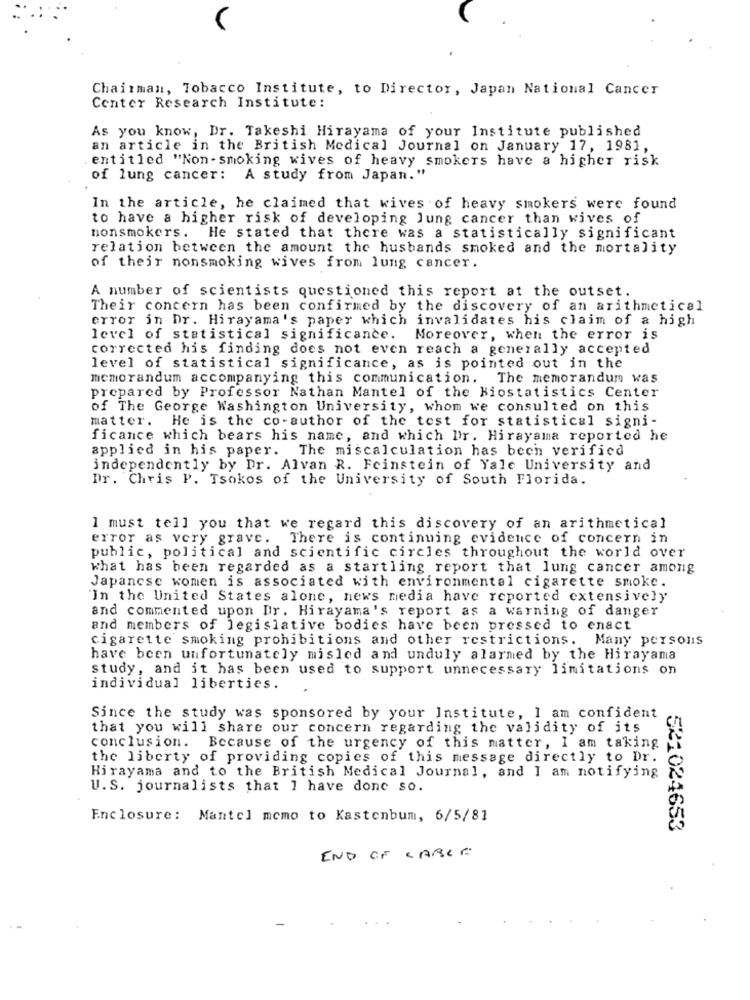
Chairman, Tobacco Institute, to Director, Japan National Cancer
Center Research Institute:
As you know, Dr. Takeshi Hirayama of your Institute published
an article in the British Medical Journal on January 17, 1981,
entitled "Non-smoking wives of heavy smokers have a higher risk
of lung cancer: A study from Japan."
In the article, he claimed that wives of heavy smokers were found
to have a higher risk of developing lung cancer than wives of
nonsmokers. He stated that there was a statistically significant
relation between the amount the husbands smoked and the mortality
of their nonsmoking wives from lung cancer.
A number of scientists questioned this report at the outset.
Their concern has been confirmed by the discovery of an arithmetical
error in Dr. Hirayama's paper which invalidates his claim of a high
level of statistical significance.
Moreover, when the error is
corrected his finding does not even reach a generally accepted
level of statistical significance, as is pointed out in the
memorandum accompanying this communication. The memorandum was
prepared by Professor Nathan Mantel of the Biostatistics Center
of The George Washington University, whom we consulted on this
matter. He is the co-author of the test for statistical signi-
ficance which bears his name, and which Dr. Hirayama reported he
applied in his paper. The miscalculation has been verified
independently by Dr. Alvan R. Feinstein of Yale University and
Dr. Chris P. Tsokos of the University of South Florida.
I must tell you that we regard this discovery of an arithmetical
error as very grave. There is continuing evidence of concern in
public, political and scientific circles throughout the world over
what has been regarded as a startling report that lung cancer among
Japanese women is associated with environmental cigarette smoke.
In the United States alone, news media have reported extensively
and commented upon Dr. Hirayama's report as a warning of danger
and members of legislative bodies have been pressed to enact
cigarette smoking prohibitions and other restrictions. Many persons
have been unfortunately misled and unduly alarmed by the Hirayama
study, and it has been used to support unnecessary limitations on
individual liberties.
Since the study was sponsored by your Institute, I am confident
that you will share our concern regarding the validity of its
conclusion. Because of the urgency of this matter, I am taking
the liberty of providing copies of this message directly to Dr.
Hirayama and to the British Medical Journal, and I am notifying
U.S. journalists that I have done so.
Enclosure: Mantel memo to Kastenbum, 6/5/81
521024653
END CF CARLE